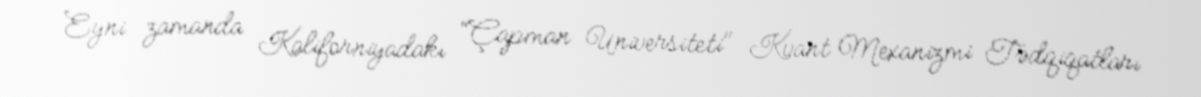
Eyni zamanda Kaliforniyadakı "Çapman Universiteti" Kvant Mexanizmi Tədqiqatları